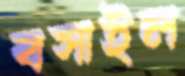
বসাইল